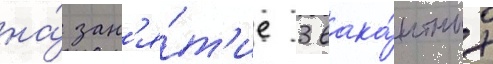
на́ зан'я́т'ие 3 вака́нтных